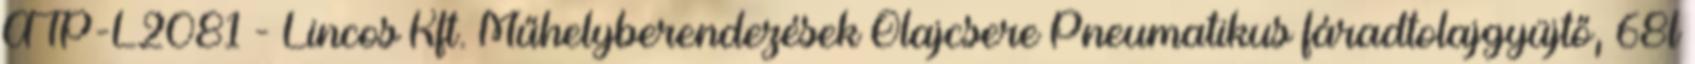
ATP-L2081 - Lincos Kft. Műhelyberendezések Olajcsere Pneumatikus fáradtolajgyüjtő, 68l